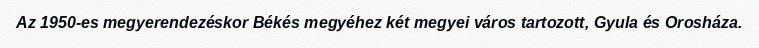
Az 1950-es megyerendezéskor Békés megyéhez két megyei város tartozott, Gyula és Orosháza.